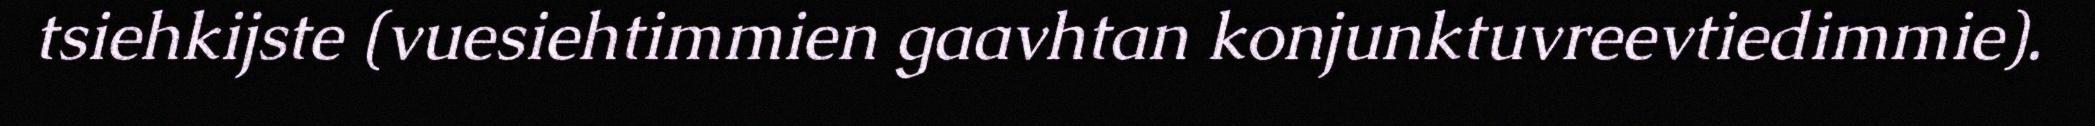
tsiehkijste (vuesiehtimmien gaavhtan konjunktuvreevtiedimmie).